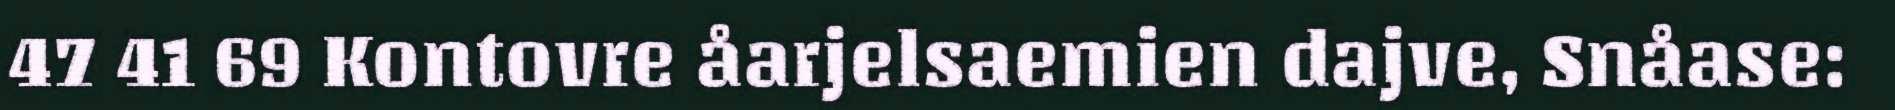
47 41 69 Kontovre åarjelsaemien dajve, Snåase: